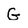
Character: G